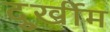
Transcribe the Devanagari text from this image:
दुूर्खीम